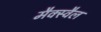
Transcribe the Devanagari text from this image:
मैक्स्वैल